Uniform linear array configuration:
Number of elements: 64
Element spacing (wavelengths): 0.25
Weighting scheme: kaiser
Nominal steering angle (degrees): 15
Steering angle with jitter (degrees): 14.862
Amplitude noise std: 0.05
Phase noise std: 0.05

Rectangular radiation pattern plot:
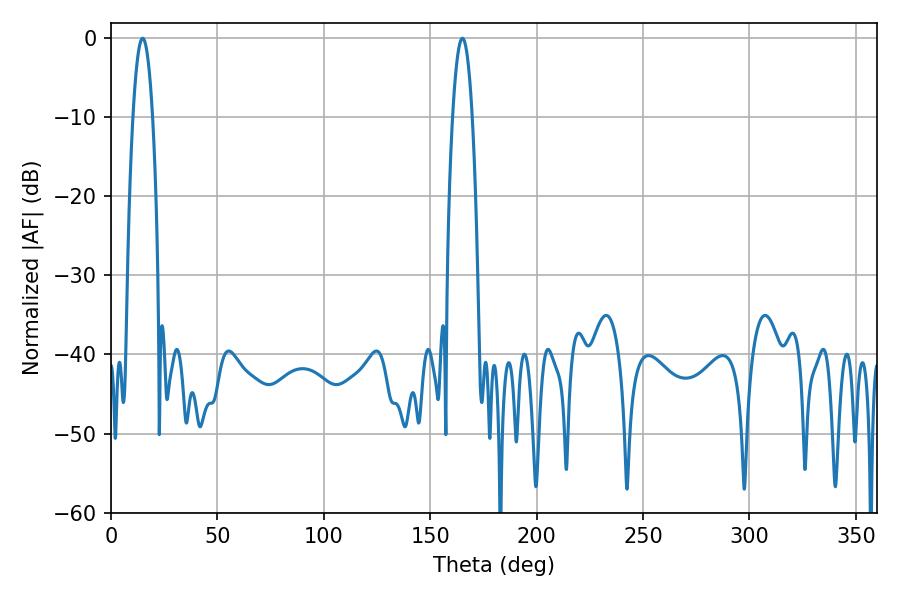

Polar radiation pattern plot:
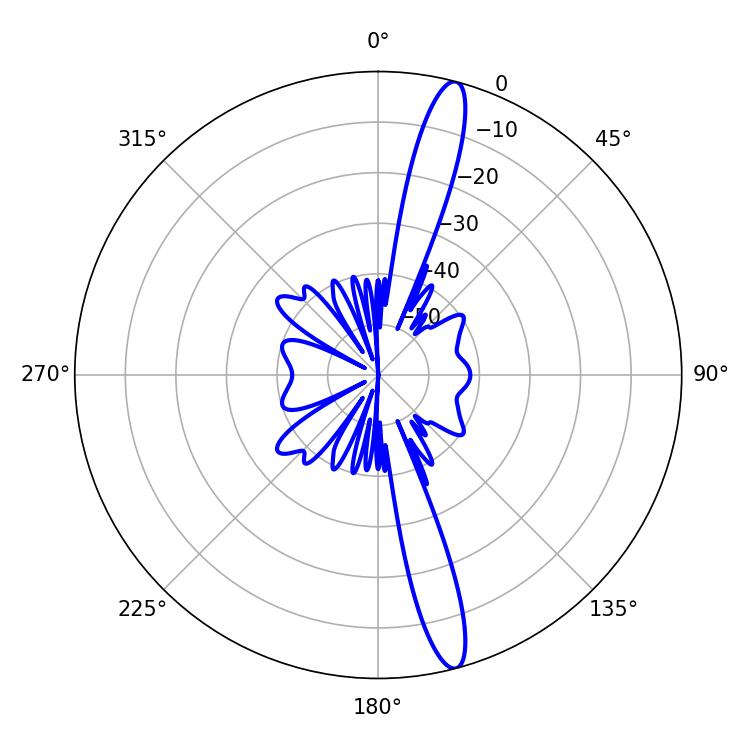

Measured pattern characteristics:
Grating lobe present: FALSE
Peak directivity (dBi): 16.092
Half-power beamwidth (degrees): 5.04
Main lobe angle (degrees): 165.06